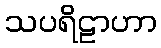
သပရိဠာဟာ